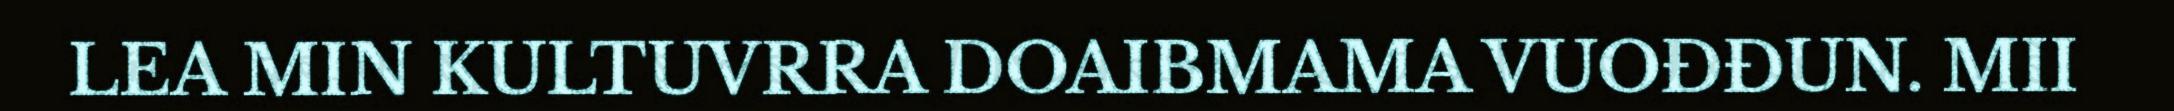
LEA MIN KULTUVRRA DOAIBMAMA VUOĐĐUN. MII